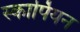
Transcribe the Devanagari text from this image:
स्कार्पियन